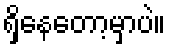
ရှိနေတော့မှာပဲ။